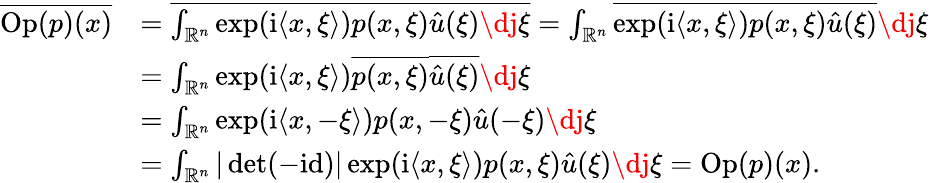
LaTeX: \begin{array}{rl}{\overline{{\mathrm{Op}(p)(x)}}}&{=\overline{{\int_{\mathord{\mathbb{R}}^{n}}\exp(\mathord{\mathrm{i}}\langle x,\xi\rangle)p(x,\xi)\hat{u}(\xi)\mathrm{\dj}\xi}}=\int_{\mathord{\mathbb{R}}^{n}}\overline{{\exp(\mathord{\mathrm{i}}\langle x,\xi\rangle)p(x,\xi)\hat{u}(\xi)}}\mathrm{\dj}\xi}\\ &{=\int_{\mathord{\mathbb{R}}^{n}}\exp(\mathord{\mathrm{i}}\langle x,\xi\rangle)\overline{{p(x,\xi)}}\overline{{\hat{u}(\xi)}}\mathrm{\dj}\xi}\\ &{=\int_{\mathord{\mathbb{R}}^{n}}\exp(\mathord{\mathrm{i}}\langle x,-\xi\rangle)p(x,-\xi)\hat{u}(-\xi)\mathrm{\dj}\xi}\\ &{=\int_{\mathord{\mathbb{R}}^{n}}|\operatorname*{det}(-\mathrm{id})|\exp(\mathord{\mathrm{i}}\langle x,\xi\rangle)p(x,\xi)\hat{u}(\xi)\mathrm{\dj}\xi=\mathrm{Op}(p)(x).}\end{array}